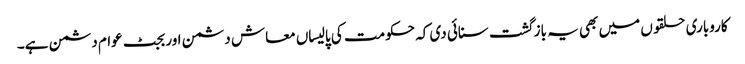
کاروباری حلقو ں میں بھی یہ باز گشت سنائی دی کہ حکومت کی پالیساں معاش دشمن اور بجٹ عوام دشمن ہے۔